Lunatic asylums Burma 1922-24 - 1922-1924
Year: 1922
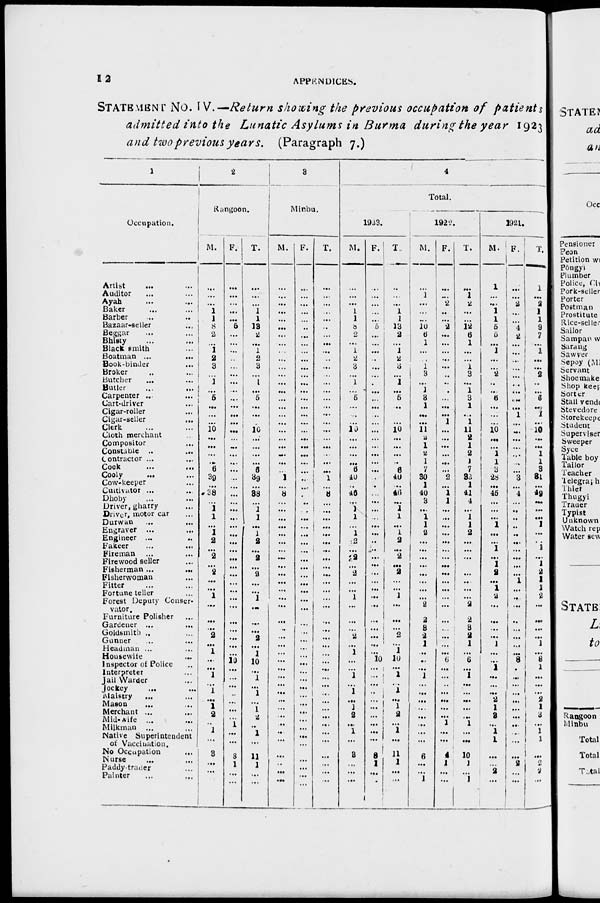
12
APPENDICES.
STATEMENT No. IV.—Return showing the previous occupation of patients
admitted into the Lunatic Asylums in Burma during the year 1923
and two previous years. (Paragraph 7.)
1
Occupation.
Artist ... ...
Auditor ... ...
Ayah
...
...
Baker ... ...
Barber ... ...
Bazaar-seller
...
Beggar ... ...
Bhisty ...
Black smith ...
Boatman ...
...
Book-binder ...
Broker ... ...
Butcher
... ...
Butler ... ...
Carpenter ... ...
Cart-driver ...
Cigar-roller ...
Cigar-seller
...
Clerk ... ...
Cloth merchant ...
Compositor ...
Constable ..
...
Contractor ...
...
Cook ... ...
Cooly
... ...
Cow-keeper ...
Cultivator ... ...
Dhoby ... ...
Driver, gharry ...
Driver, motor car ...
Durwan ... ...
Engraver ... ...
Engineer ... ...
Fakeer ... ...
Fireman ... ...
Firewood seller ...
Fisherman ...
...
Fisherwoman ...
Fitter ... ...
Fortune teller ...
Forest Deputy Conser-
vator.
Furniture Polisher ...
Gardener ...
...
Goldsmith .. ...
Gunner
...
...
Headman ... ...
Housewife ...
Inspector of Police ...
Interpreter ...
Jail Warder ...
Jockey ... ...
Maistry ... ...
Mason ... ...
Merchant ... ...
Mid-wife ... ...
Milkman ... ...
Native Superintendent
of Vaccination
No Occupation ...
Nurse ... ...
Paddy-trader ...
Painter
...
...
2
Rangoon.
M.
...
...
...
1
1
8
2
...
1
2
3
...
1
...
5
...
...
...
10
...
...
...
...
6
39
...
38
...
1
1
...
1
2
...
2
...
2
...
...
1
...
...
...
2
...
1
...
...
1
...
1
...
1
2
...
1
...
3
...
...
...
F.
...
...
...
...
...
5
...
...
...
...
...
...
...
...
...
...
...
...
...
...
...
...
...
...
...
...
...
...
...
...
...
...
...
...
...
...
...
...
...
...
...
...
...
...
...
...
10
...
...
...
...
...
...
...
1
...
...
8
1
...
...
T.
...
...
...
1
1
13
2
...
1
2
3
...
1
...
5
...
...
...
10
...
...
...
...
6
39
...
38
...
1
1
...
1
2
...
2
...
2
...
...
1
...
...
...
2
...
1
10
...
1
...
1
...
1
2
1
1
...
11
1
...
...
3
Minbu.
M.
...
...
...
...
...
...
...
...
...
...
...
...
...
...
...
...
...
...
...
...
...
...
...
...
1
...
8
...
...
...
...
...
...
...
...
...
...
...
...
...
...
...
...
...
...
...
...
...
...
...
...
...
...
...
...
...
...
...
...
...
...
F.
...
...
...
...
...
...
...
...
...
...
...
...
...
...
...
...
...
...
...
...
...
...
...
...
...
...
...
...
...
...
...
...
...
...
...
...
...
...
...
...
...
...
...
...
...
...
...
...
...
...
...
...
...
...
...
...
...
...
...
...
...
T.
...
...
...
...
...
...
...
...
...
...
...
...
...
...
...
...
...
...
...
...
...
...
...
...
1
...
8
...
...
...
...
...
...
...
...
...
...
...
...
...
...
...
...
...
...
...
...
...
...
...
...
...
...
...
...
...
...
...
...
...
...
4
Total.
1923.
M.
...
...
...
1
1
8
2
...
1
2
3
...
1
...
5
...
...
...
10
...
...
...
...
6
40
...
46
...
1 1
...
1
2
...
2
...
2
...
...
1 ...
...
...
2
...
1
...
...
1
...
1 ...
1
2
...
...
...
3
...
...
...
F.
...
...
...
...
...
5
...
...
...
...
...
...
...
...
...
...
...
...
...
...
...
...
...
...
...
...
...
...
...
...
...
...
...
...
...
...
...
...
...
...
...
...
...
...
...
...
10
...
...
...
...
...
...
...
...
...
...
8
1
...
...
T.
...
...
...
1
1
13
2
...
1
2
3
...
1
...
5
...
...
...
10
...
...
...
6
40
...
46
...
1
1
...
1
2
...
2
...
2
...
...
1
...
...
...
2
...
1
10
...
1
...
1
...
1
2
...
...
...
11
1
...
...
1922.
M.
...
1
...
...
...
10
6
1
...
...
1
3
...
1
3
1
...
...
11
2
1
2
1
7
30
1
40
3
...
1
1
2
...
...
...
...
...
...
...
...
2
2
3
2
1
...
...
...
1
...
...
...
...
...
...
...
...
6
...
...
1
F.
...
...
2
...
...
2
...
...
...
...
...
...
...
...
...
...
...
1
...
...
...
...
...
...
2
...
1
1
...
...
...
...
...
...
...
...
...
...
...
...
...
...
...
...
...
...
6
...
...
...
...
...
...
...
1
...
...
4
1
...
...
T.
...
1
2
...
...
12
6
1
...
...
1
3
...
1
3
1
...
1
11
2
1
2
1
7
32
1
41
4
...
1
1
2
...
...
...
...
...
...
...
...
2
2
3
2
1
...
6
...
1
...
...
...
...
...
1
...
...
10
1
...
1
1921.
M.
1
...
...
1
1
5
5
...
1
...
...
2
...
...
6
...
...
...
10
...
...
1 1
3
28
...
45
...
...
...
1
...
...
1
...
1
2
...
1
2
...
...
...
...
1
...
...
1
...
...
...
2
1
3
...
1
1
...
...
2
...
F.
...
...
2
...
...
4
2
...
...
...
...
...
...
...
...
...
1
...
...
...
...
...
...
...
3
...
4
...
...
...
...
...
...
...
...
...
...
1 ...
...
...
...
...
... ...
...
8
...
...
...
...
...
...
...
...
...
...
...
2
...
...
T.
1
...
2
1
1
9
7
...
1
...
...
2
...
...
6
...
1
...
10
...
...
1
1
3
31
...
49
...
...
...
1
...
...
1
...
1
2
1
1
2
...
...
...
...
1
...
8
1
...
...
...
2
1
3
...
1
1
...
2
2
...